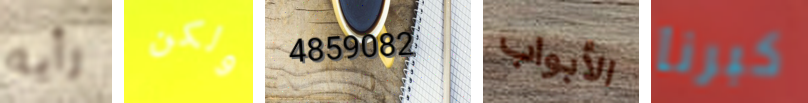
رأيه ولكن 4859082 الأبواب كبرنا